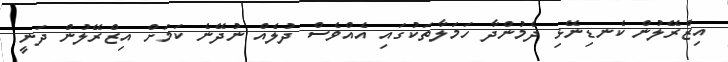
އިޒްރޭލުން ކެނޑިނޭޅި ދެމުންދާ ހަމަލާތަކުގައި އެއްވެސް ދުލެއް ނުދޭނެ ކަމަށް އިޒްރޭލުން ދަނީ